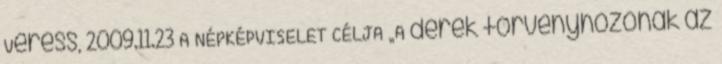
Veress, 2009.11.23 A NÉPKÉPVISELET CÉLJA „A derék törvényhozónak az